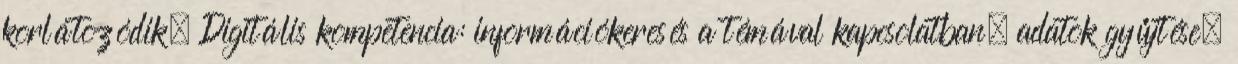
korlátozódik. Digitális kompetencia: információkeresés a témával kapcsolatban, adatok gyűjtése,